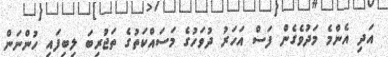
އަދި އެންމެ މަދުވެގެން ފަސް އަހަރު ދުވަހުގެ މަސައްކަތުގެ ތަޖުރިބަ ލިބިފައި ހުންނަން